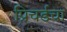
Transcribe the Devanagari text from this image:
प्रिचर्डचा